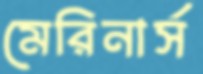
মেরিনার্স